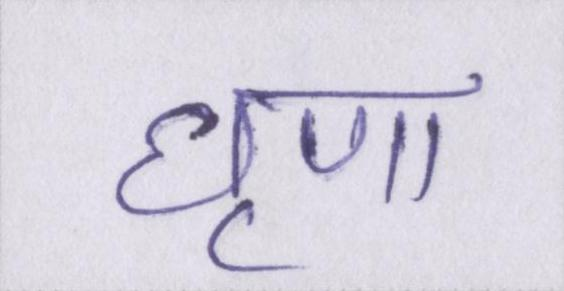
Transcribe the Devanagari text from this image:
घृणा